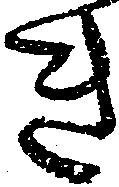
き